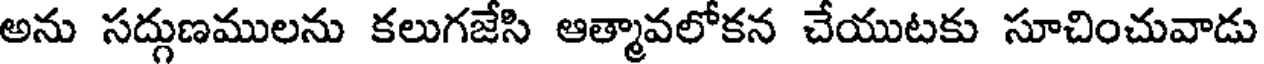
అను సద్గుణములను కలుగజేసి ఆత్మావలోకన చేయుటకు సూచించువాడు